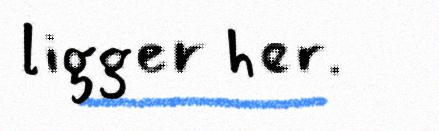
ligger her.